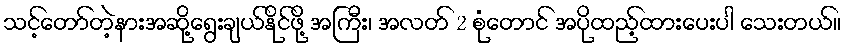
သင့်တော်တဲ့နားအဆို့ရွေးချယ်နိုင်ဖို့ အကြီး၊ အလတ် 2 စုံတောင် အပိုထည့်ထားပေးပါ သေးတယ်။